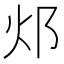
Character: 邩